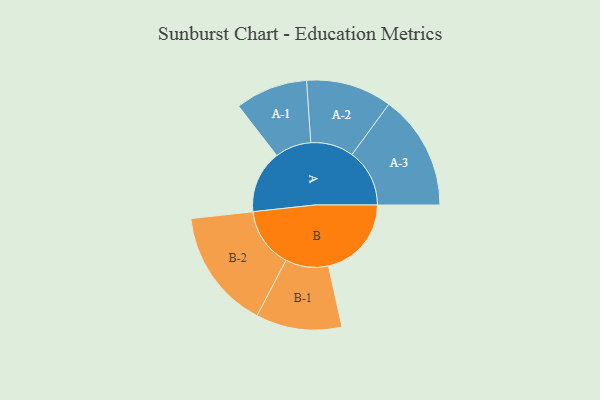
{"axis": {"x": "Segment", "y": "Value"}, "legend": ["", "A", "B"], "data": [{"x": "A", "y": 296, "type": ""}, {"x": "B", "y": 392, "type": ""}, {"x": "A-1", "y": 171, "type": "A"}, {"x": "A-2", "y": 203, "type": "A"}, {"x": "A-3", "y": 272, "type": "A"}, {"x": "B-1", "y": 203, "type": "B"}, {"x": "B-2", "y": 284, "type": "B"}]}